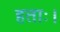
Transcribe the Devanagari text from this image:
हताः।